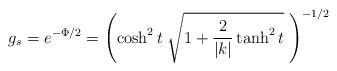
LaTeX: \begin{align*}g_s=e^{-\Phi/2}=\left( \cosh^2 t \;\sqrt{1+\frac{2}{|k|}\tanh^2 t }\;\right)^{-1/2}\end{align*}